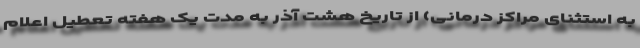
به استثنای مراکز درمانی) از تاریخ هشت آذر به مدت یک هفته تعطیل اعلام